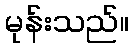
မုန်းသည်။